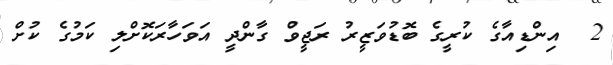
2  އިންޑިއާގެ ކުރީގެ ބޮޑުވަޒީރު ރަޖީވް ގާންދީ އަވަހާރަކޮށްލި ކަމުގެ ކުށް